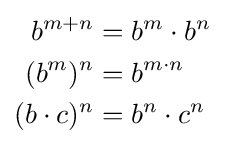
{\begin{aligned}b^{m+n}&=b^{m}\cdot b^{n}\\(b^{m})^{n}&=b^{m\cdot n}\\(b\cdot c)^{n}&=b^{n}\cdot c^{n}\end{aligned}}